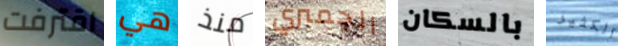
اقترفت هي منذ الجمبري بالسكان الكثير